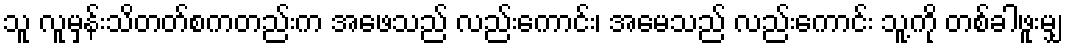
သူ လူမှန်းသိတတ်စကတည်းက အဖေသည် လည်းကောင်း၊ အမေသည် လည်းကောင်း သူ့ကို တစ်ခါဖူးမျှ